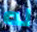
له